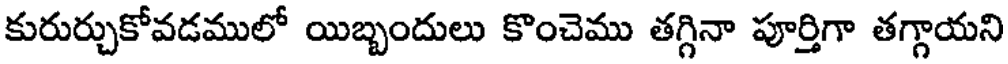
కురుర్చుకోవడములో యిబ్బందులు కొంచెము తగ్గినా పూర్తిగా తగ్గాయని